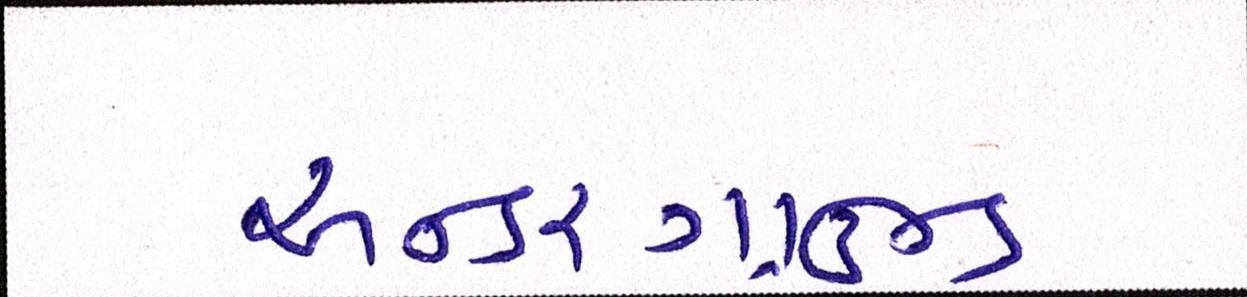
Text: અન્ડરગ્રાઉન્ડ